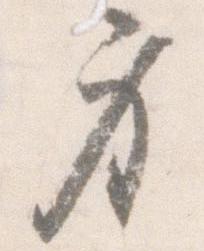
身